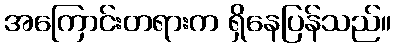
အကြောင်းတရားက ရှိနေပြန်သည်။